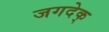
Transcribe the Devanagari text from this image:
जगदेक्